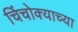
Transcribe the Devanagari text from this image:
चिंचोक्याच्या